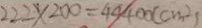
2 2 2 \times 2 0 0 = 4 9 4 0 0 ( c m ^ { 2 } )